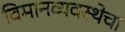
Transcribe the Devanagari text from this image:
विमानव्यवस्थेचा